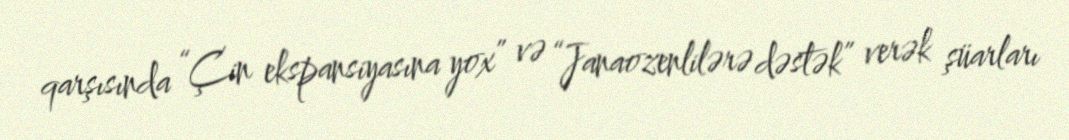
qarşısında “Çin ekspansiyasına yox” və “Janaozenlilərə dəstək” verək şüarları